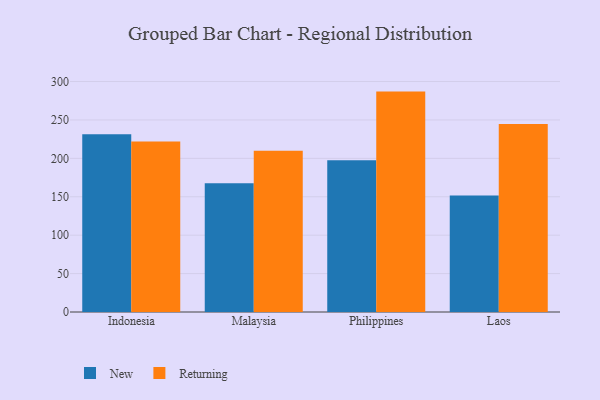
{"axis": {"x": "Country", "y": "Temperature (°C)"}, "legend": ["New", "Returning"], "data": [{"x": "Indonesia", "y": 231.5, "type": "New"}, {"x": "Indonesia", "y": 221.8, "type": "Returning"}, {"x": "Malaysia", "y": 167.7, "type": "New"}, {"x": "Malaysia", "y": 210.0, "type": "Returning"}, {"x": "Philippines", "y": 197.6, "type": "New"}, {"x": "Philippines", "y": 286.9, "type": "Returning"}, {"x": "Laos", "y": 151.6, "type": "New"}, {"x": "Laos", "y": 244.8, "type": "Returning"}]}